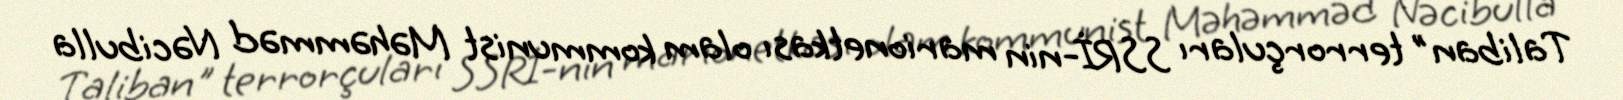
Taliban" terrorçuları SSRİ-nin marionetkası olam kommunist Məhəmməd Nəcibulla